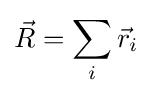
{\vec {R}}=\sum _{i}{\vec {r}}_{i}